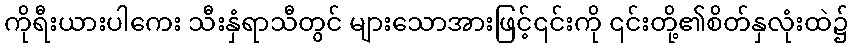
ကိုရီးယားပါကေး သီးနှံရာသီတွင် များသောအားဖြင့်၎င်းကို ၎င်းတို့၏စိတ်နှလုံးထဲ၌